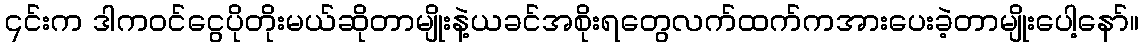
၎င်းက ဒါကဝင်ငွေပိုတိုးမယ်ဆိုတာမျိုးနဲ့ယခင်အစိုးရတွေလက်ထက်ကအားပေးခဲ့တာမျိုးပေါ့နော်။